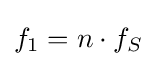
f_{1}=n\cdot f_{S}